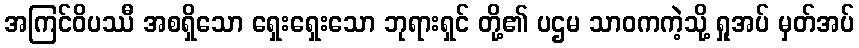
အကြင်ဝိပဿီ အစရှိသော ရှေးရှေးသော ဘုရားရှင် တို့၏ ပဌမ သာဝကကဲ့သို့ ရှုအပ် မှတ်အပ်